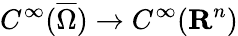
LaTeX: \displaystyle{C^{\infty}({\overline{{\Omega}}})\rightarrow C^{\infty}(\mathbf{R}^{n})}